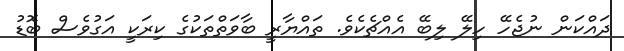
ދައްކަން ނުޖެހޭ ހިލޭ ލިބޭ އެއްޗެކެވެ. ތައްޔާރީ ބާވަތްތަކުގެ ކިރަކީ އަގުވެސް ބޮޑު